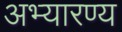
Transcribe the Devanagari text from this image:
अभ्यारण्य